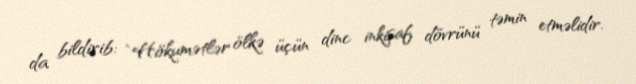
da bildirib: “Hökumətlər ölkə üçün dinc inkişaf dövrünü təmin etməlidir.